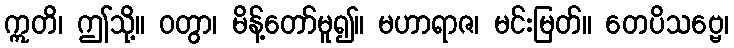
ဣတိ၊ ဤသို့။ ဝတွာ၊ မိန့်တော်မူ၍။ မဟာရာဇ၊ မင်းမြတ်။ တေပိသဗ္ဗေ၊